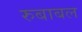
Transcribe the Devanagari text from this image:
रुबाबल